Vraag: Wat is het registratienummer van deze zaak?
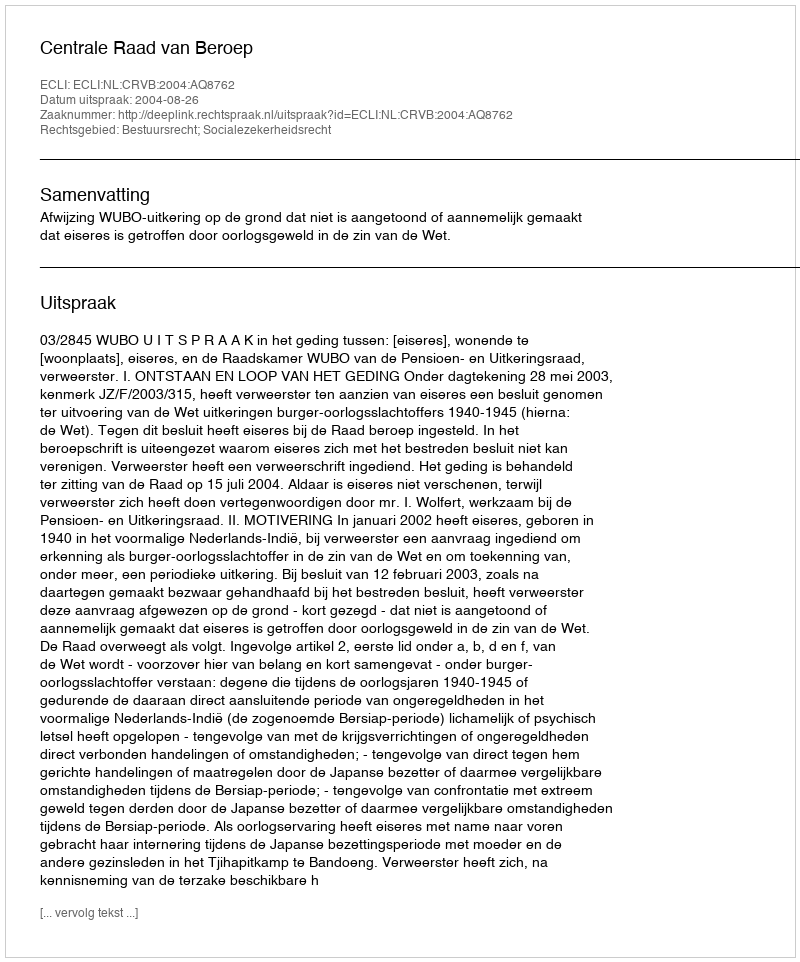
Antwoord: http://deeplink.rechtspraak.nl/uitspraak?id=ECLI:NL:CRVB:2004:AQ8762